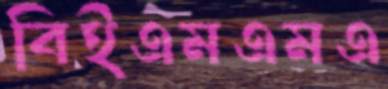
বিইএমএমএ